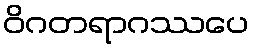
ဝိဂတရာဂဿပေ